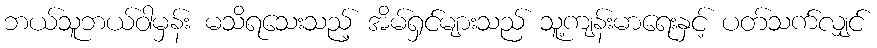
ဘယ်သူဘယ်ဝါမှန်း မသိရသေးသည့် အိမ်ရှင်များသည် သူ့ကျန်းမာရေးနှင့် ပတ်သက်လျှင်